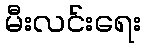
မီးလင်းရေး